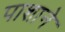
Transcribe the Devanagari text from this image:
पाशाने